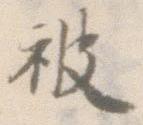
被